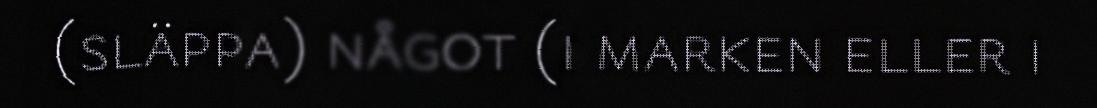
(släppa) något (i marken eller i